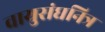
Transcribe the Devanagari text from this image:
वायुसंघनित्र